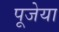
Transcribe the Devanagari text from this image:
पूजेया